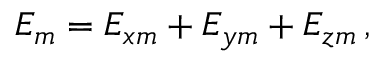
E _ { m } = E _ { x m } + E _ { y m } + E _ { z m } \, ,